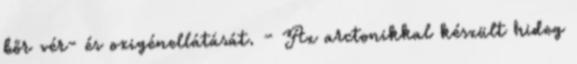
bőr vér- és oxigénellátását. - Az arctonikkal készült hideg